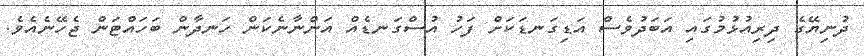
ދުނިޔޭގެ ދިރިއުޅުމުގައި އަބަދުވެސް އަޑިގަނޑަކަށް ފަހު އުސްގަނޑެއް އަންނާނެކަން ހަނދާން ބަހައްޓަން ޖެހޭނެއެވެ.